Scientific memoirs by medical officers of the Army of India - Part IX,
Year: 1895
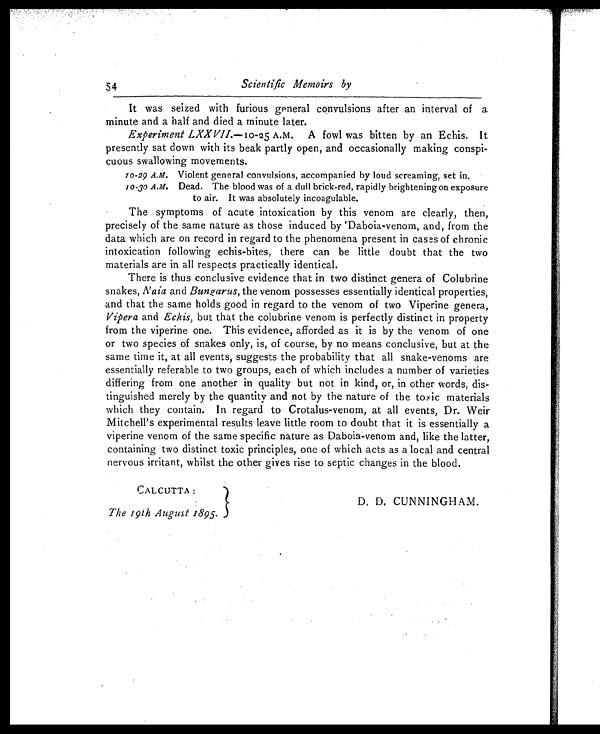
54
Scientific Memoirs by
It was seized with furious general convulsions after an interval of a
minute and a half and died a minute later.
Experiment LXXVII. —10-25 A.M. A fowl was bitten by an Echis. It
presently sat down with its beak partly open, and occasionally making conspi-
cuous swallowing movements.
10-29 A.M. Violent general convulsions, accompanied by loud screaming, set in.
10-30 A.M. Dead. The blood was of a dull brick-red, rapidly brightening on exposure
to air. It was absolutely incoagulable.
The symptoms of acute intoxication by this venom are clearly, then,
precisely of the same nature as those induced by Daboia-venom, and, from the
data which are on record in regard to the phenomena present in cases of chronic
intoxication following echis-bites, there can be little doubt that the two
materials are in all respects practically identical.
There is thus conclusive evidence that in two distinct genera of Colubrine
snakes, Naia and Bungarus, the venom possesses essentially identical properties,
and that the same holds good in regard to the venom of two Viperine genera,
Vipera and Echis, but that the colubrine venom is perfectly distinct in property
from the viperine one. This evidence, afforded as it is by the venom of one
or two species of snakes only, is, of course, by no means conclusive, but at the
same time it, at all events, suggests the probability that all snake-venoms are
essentially referable to two groups, each of which includes a number of varieties
differing from one another in quality but not in kind, or, in other words, dis-
tinguished merely by the quantity and not by the nature of the toxic materials
which they contain. In regard to Crotalus-venom, at all events, Dr. Weir
Mitchell's experimental results leave little room to doubt that it is essentially a
viperine venom of the same specific nature as Daboia-venom and, like the latter,
containing two distinct toxic principles, one of which acts as a local and central
nervous irritant, whilst the other gives rise to septic changes in the blood.
CALCUTTA:
The 19th August 1895.
D. D. CUNNINGHAM.